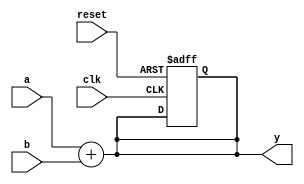
module example_module (
    input wire clk,       // Clock signal for sequential logic
    input wire reset,     // Reset signal
    input wire [3:0] a,   // 4-bit input signal a
    input wire [3:0] b,   // 4-bit input signal b
    output reg [3:0] y    // 4-bit output signal y
);

// Always block for combinational logic
// This block will be triggered by any change in a or b
always @(a or b) begin
    // Non-blocking assignment for output y
    y <= a + b; // Example logic: output y is the sum of a and b
end

// Always block for sequential logic
// This block will trigger on the rising edge of the clock or on reset
always @(posedge clk or posedge reset) begin
    if (reset) begin
        // Non-blocking assignment for output y during reset
        y <= 4'b0000; // If reset is high, set output y to 0
    end else begin
        // Non-blocking assignment updates y with new value on clock edge
        y <= y; // You can modify this logic as needed
    end
end

endmodule